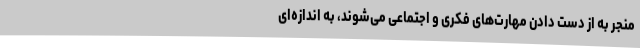
منجر به از دست دادن مهارت‌های فکری و اجتماعی می‌شوند، به اندازه‌ای